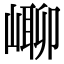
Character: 㟹